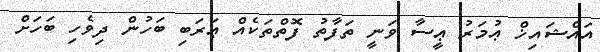
އައްޝައިޚް ޢުމަރު ޢީސާ ވަނީ ތަފާތު ފޮތްތަކެއް ޢަރަބި ބަހުން ދިވެހި ބަހަށް